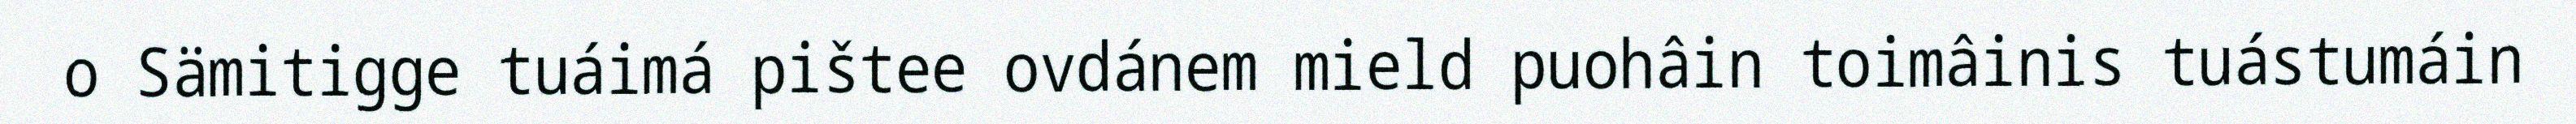
o Sämitigge tuáimá pištee ovdánem mield puohâin toimâinis tuástumáin